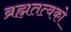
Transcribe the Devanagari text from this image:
ब्रह्मतत्वको